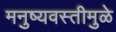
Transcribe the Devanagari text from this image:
मनुष्यवस्तीमुळे